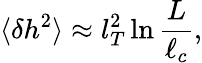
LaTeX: \langle\delta h^{2}\rangle\approx l_{T}^{2}\ln\frac{L}{\ell_{c}},